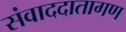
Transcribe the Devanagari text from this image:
संवाददातागण